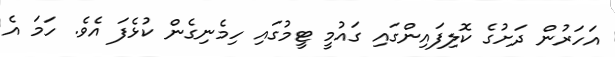
އަހަރުން ދަށުގެ ކޮލިފައިންގައި ގައުމީ ޓީމުގައި ހިމެނިގެން ކުޅެފަ އެވެ. ހަމަ އެ